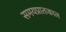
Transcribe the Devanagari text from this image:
समयप्रातःकाल